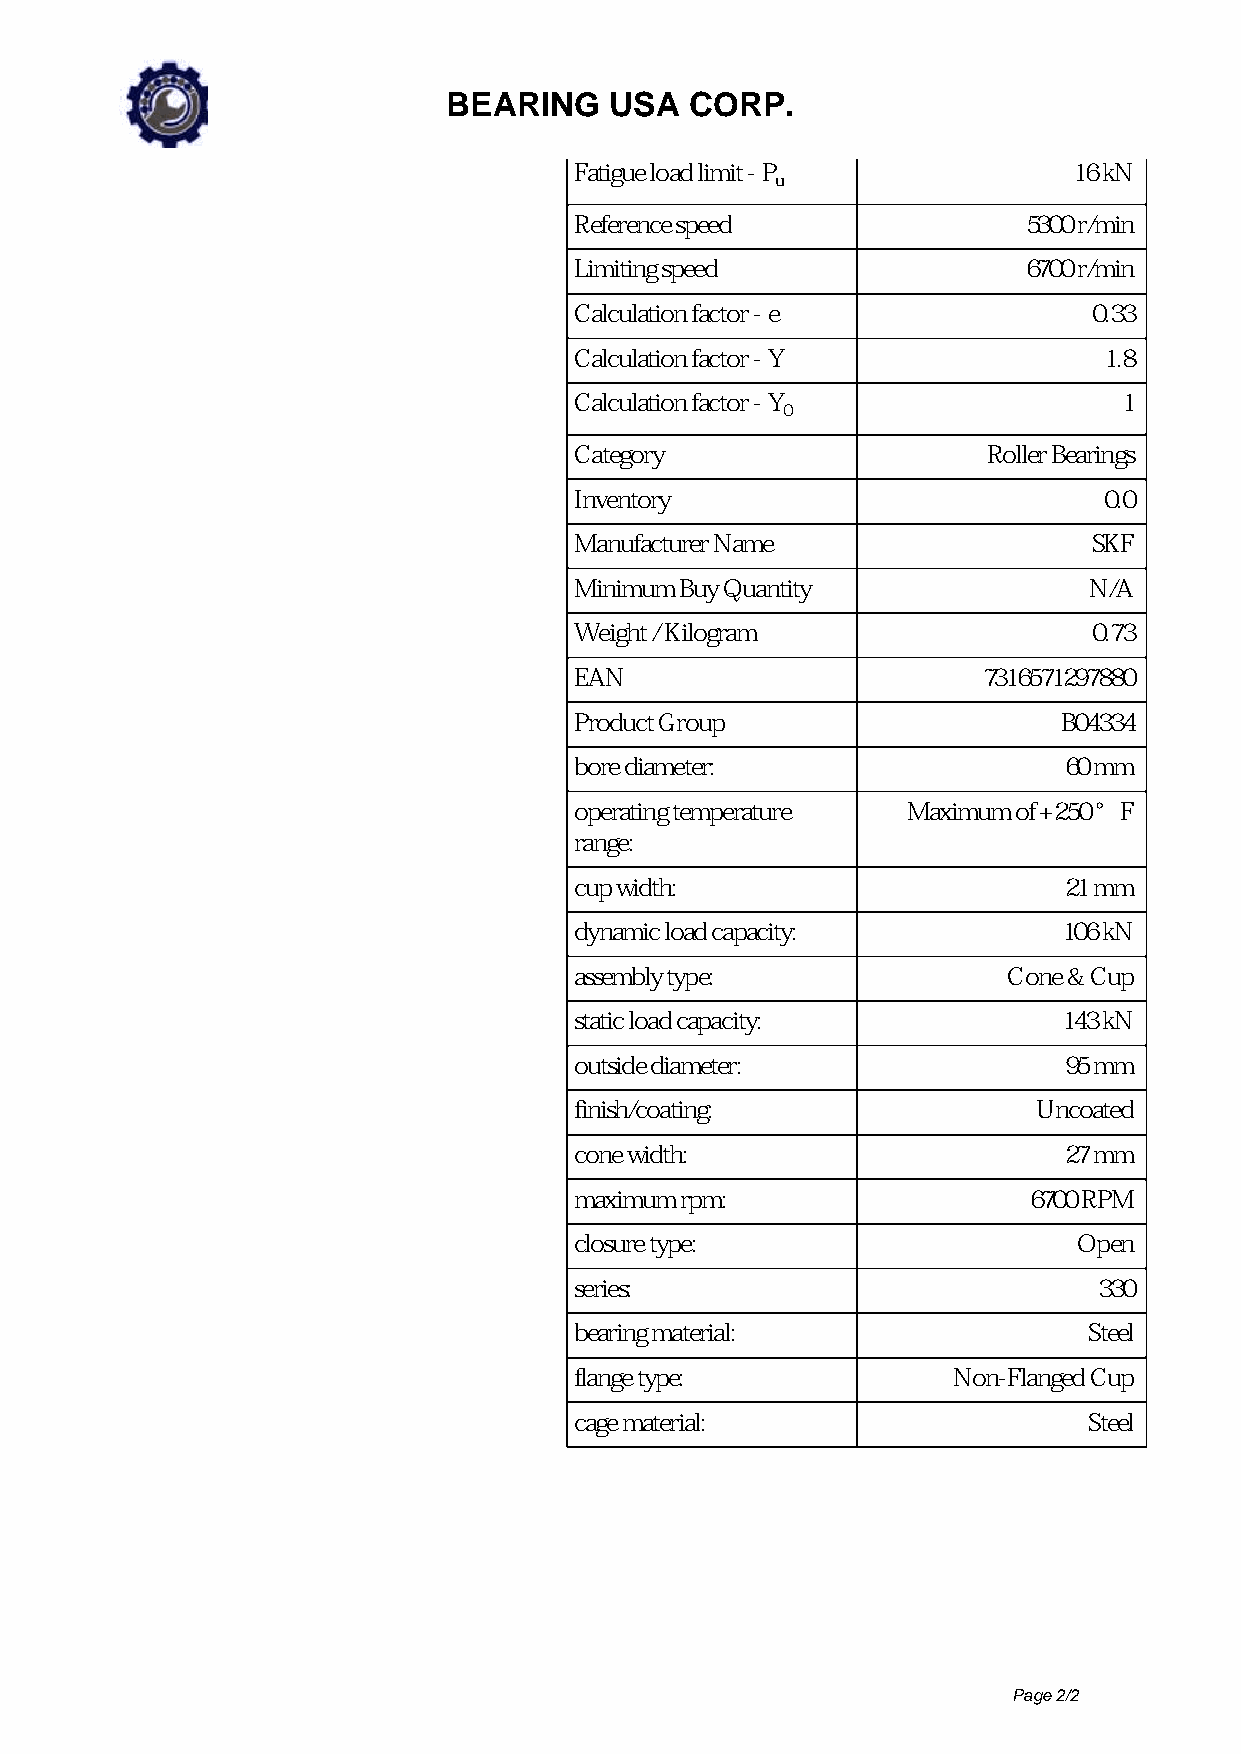
BEARING   USA   CORP.
 Fatigue load limit - P           16 kN
 u
 Reference speed               5300 r/min
 Limiting speed                6700 r/min
 Calculation factor - e            0.33
 Calculation factor - Y             1.8
 Calculation factor - Y              1
 0
 Category                   Roller Bearings
 Inventory                          0.0
 Manufacturer Name                 SKF
 Minimum Buy Quantity              N/A
 Weight / Kilogram                 0.73
 EAN                        7316571297880
 Product Group                   B04334
 bore diameter:                  60 mm
 operating temperature Maximum of +250 °F
 range:
 cup width:                      21 mm
 dynamic load capacity:          106 kN
 assembly type:               Cone & Cup
 static load capacity:           143 kN
 outside diameter:               95 mm
 finish/coating:                Uncoated
 cone width:                     27 mm
 maximum rpm:                  6700 RPM
 closure type:                    Open
 series:                            330
 bearing material:                 Steel
 flange type:             Non-Flanged Cup
 cage material:                    Steel
 Page 2/2
 Powered by TCPDF (www.tcpdf.org)